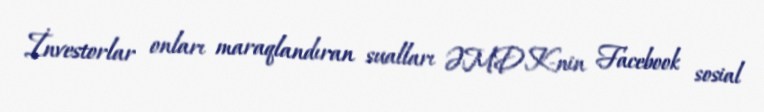
İnvestorlar onları maraqlandıran sualları ƏMDK-nin Facebook sosial